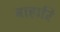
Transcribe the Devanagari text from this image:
बाहारि